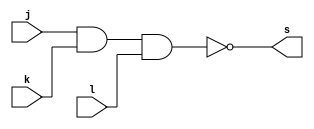
// Guia 02 - EXTRA
// Nome: Raphaela Fernanda Silva




// PORTANAND

module PORTANAND (s, j, k, l);
output s;
input j, k, l;

assign s = ~( j & k & l);

endmodule




module testeNAND;
reg j, k, l;
wire s1, s2, s3, s4, s;

PORTANAND NAND1(s1, j, j, j);
PORTANAND NAND2(s2, k, k, k);
PORTANAND NAND3(s3, l, l, l);
PORTANAND NAND4(s4, s1, s2, s3);
PORTANAND NAND5(s, s4, s4, s4);
 
initial begin:start

 j=0; k=0; l=0;
 
 end
 
 
 
 initial begin : main
 
 $display("Guia 02 - Raphaela Fernanda Silva - 420141");
 $display("Teste PORTANAND");
 $display("~(j | k | l) = s");
 $monitor("  %b   %b   %b  = %b", j, k, l, s);
 
  #1  j=0; k=0; l=1;
  #1  j=0; k=1; l=0;
  #1  j=0; k=1; l=1;
  #1  j=1; k=0; l=0;
  #1  j=1; k=0; l=1;
  #1  j=1; k=1; l=0;
  #1  j=1; k=1; l=1;

 
 end
 
 endmodule